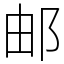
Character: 邮